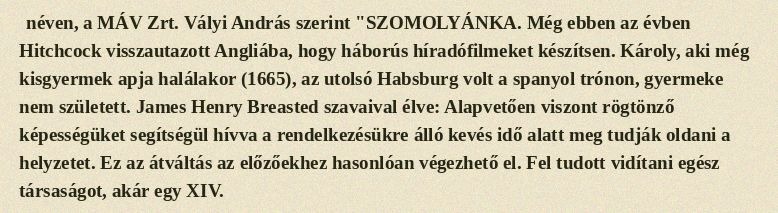
néven, a MÁV Zrt. Vályi András szerint "SZOMOLYÁNKA. Még ebben az évben Hitchcock visszautazott Angliába, hogy háborús híradófilmeket készítsen. Károly, aki még kisgyermek apja halálakor (1665), az utolsó Habsburg volt a spanyol trónon, gyermeke nem született. James Henry Breasted szavaival élve: Alapvetően viszont rögtönző képességüket segítségül hívva a rendelkezésükre álló kevés idő alatt meg tudják oldani a helyzetet. Ez az átváltás az előzőekhez hasonlóan végezhető el. Fel tudott vidítani egész társaságot, akár egy XIV.